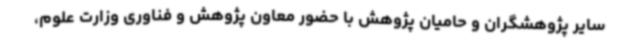
سایر پژوهشگران و حامیان پژوهش با حضور معاون پژوهش و فناوری وزارت علوم،